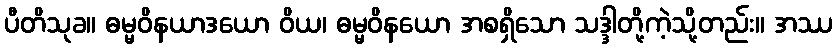
ပီတိသုခ။ ဓမ္မဝိနယာဒယော ဝိယ၊ ဓမ္မဝိနယော အစရှိသော သဒ္ဒါတို့ကဲ့သို့တည်း။ အဿ